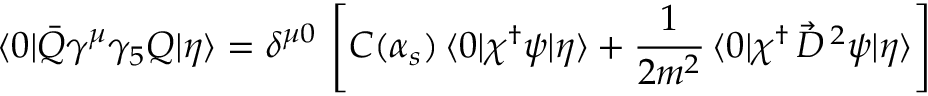
\langle 0 | \bar { Q } \gamma ^ { \mu } \gamma _ { 5 } Q | \eta \rangle = \delta ^ { \mu 0 } \, \left[ C ( \alpha _ { s } ) \, \langle 0 | \chi ^ { \dagger } \psi | \eta \rangle + \frac { 1 } { 2 m ^ { 2 } } \, \langle 0 | \chi ^ { \dagger } \, \vec { D } ^ { \, 2 } \psi | \eta \rangle \right]